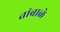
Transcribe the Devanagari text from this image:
तांबाळे